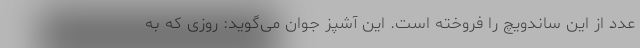
عدد از این ساندویچ را فروخته است. این آشپز جوان می‌گوید: روزی که به